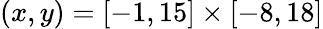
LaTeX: (x,y)=[-1,15]\times[-8,18]